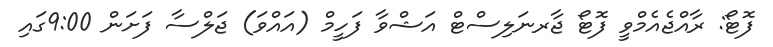
ފޮޓޯ: ރާއްޖެއެމްވީ ފޮޓޯ ޖާރނަލިސްޓް އަޝްވާ ފަހީމް (އައްވަ) ޖަލްސާ ފަށަން 9:00ގައި